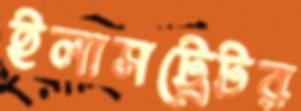
ইলাসট্রেটর